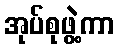
အုပ်စုဖွဲ့ကာ